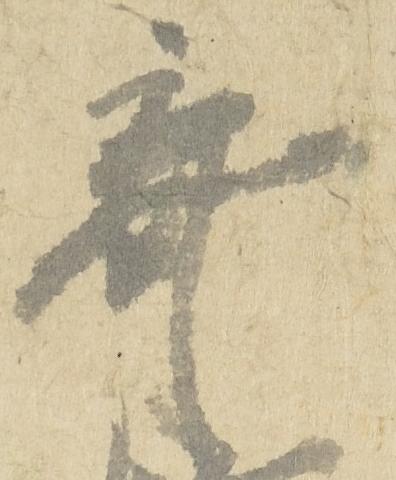
棄